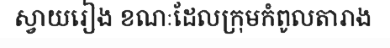
ស្វាយរៀង ខណៈដែលក្រុមកំពូលតារាង